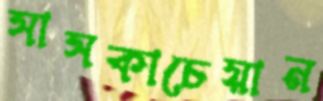
সাসকাচেয়ান